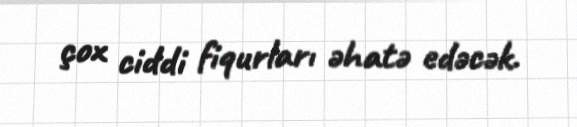
çox ciddi fiqurları əhatə edəcək.